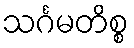
သင်္ဂမတိစ္စ